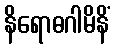
နိရောဓဂါမိနိံ